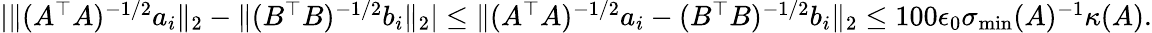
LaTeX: \begin{array}{r}{|\| (A^{\top}A)^{-1/2}a_{i}\| _{2}-\| (B^{\top}B)^{-1/2}b_{i}\| _{2}|\leq\| (A^{\top}A)^{-1/2}a_{i}-(B^{\top}B)^{-1/2}b_{i}\| _{2}\leq 100\epsilon_{0}\sigma_{\operatorname*{min}}(A)^{-1}\kappa(A).}\end{array}